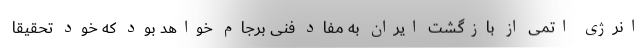
انرژی اتمی از بازگشت ایران به مفادِ فنی برجام خواهد بود که خود تحقیقاً